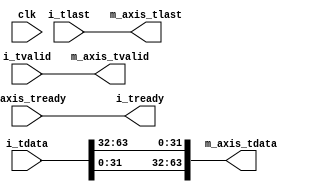
//
// Copyright 2017 Ettus Research, a National Instruments Company
//
// SPDX-License-Identifier: LGPL-3.0-or-later
//
`default_nettype none

module cvita_to_axis
(
	input wire           clk,

	input wire [63:0]    i_tdata,
        input wire           i_tlast,
        input wire           i_tvalid,
        output wire          i_tready,

	output wire [63:0]   m_axis_tdata,
        output wire          m_axis_tlast,
        output wire          m_axis_tvalid,
        input wire           m_axis_tready
);

	assign i_tready = m_axis_tready;

	assign m_axis_tdata = {i_tdata[31:0], i_tdata[63:32]};
	assign m_axis_tlast = i_tlast;
	assign m_axis_tvalid = i_tvalid;

endmodule // cvita_to_axis

`default_nettype wire